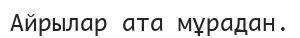
Айрылар ата мұрадан.